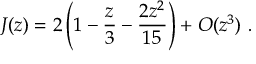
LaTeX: J ( z ) = 2 \left( 1 - \frac { z } { 3 } - \frac { 2 z ^ { 2 } } { 1 5 } \right) + { \cal O } ( z ^ { 3 } ) \ .